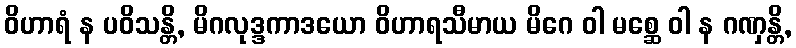
ဝိဟာရံ န ပဝိသန္တိ, မိဂလုဒ္ဒကာဒယော ဝိဟာရသီမာယ မိဂေ ဝါ မစ္ဆေ ဝါ န ဂဏှန္တိ,